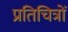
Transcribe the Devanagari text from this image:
प्रतिचित्रों